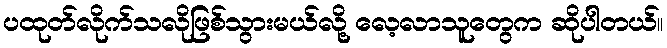
ပထုတ်လိုက်သလိုဖြစ်သွားမယ်လို့ လေ့လာသူတွေက ဆိုပါတယ်။